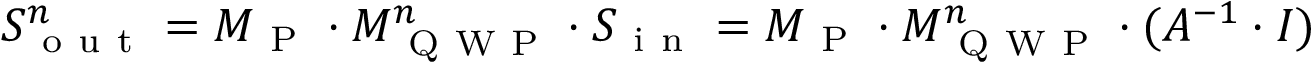
S _ { \mathrm { ~ o ~ u ~ t ~ } } ^ { n } = M _ { \mathrm { ~ P ~ } } \cdot M _ { \mathrm { ~ Q ~ W ~ P ~ } } ^ { n } \cdot S _ { \mathrm { ~ i ~ n ~ } } = M _ { \mathrm { ~ P ~ } } \cdot M _ { \mathrm { ~ Q ~ W ~ P ~ } } ^ { n } \cdot ( A ^ { - 1 } \cdot I )